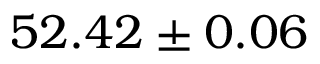
5 2 . 4 2 \pm 0 . 0 6